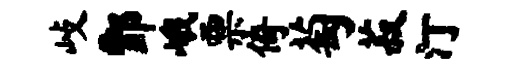
歧酆峨票倚萄菽汀